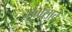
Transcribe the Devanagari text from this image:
मुंगसाचे